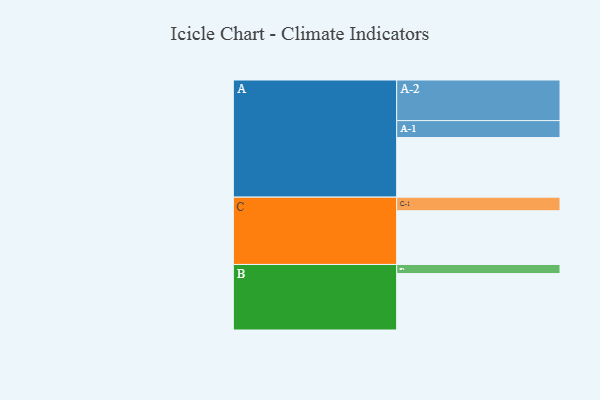
{"axis": {"x": "Segment", "y": "Value"}, "legend": ["", "A", "B", "C"], "data": [{"x": "A", "y": 373, "type": ""}, {"x": "B", "y": 353, "type": ""}, {"x": "C", "y": 336, "type": ""}, {"x": "A-1", "y": 106, "type": "A"}, {"x": "A-2", "y": 254, "type": "A"}, {"x": "B-1", "y": 57, "type": "B"}, {"x": "C-1", "y": 85, "type": "C"}]}